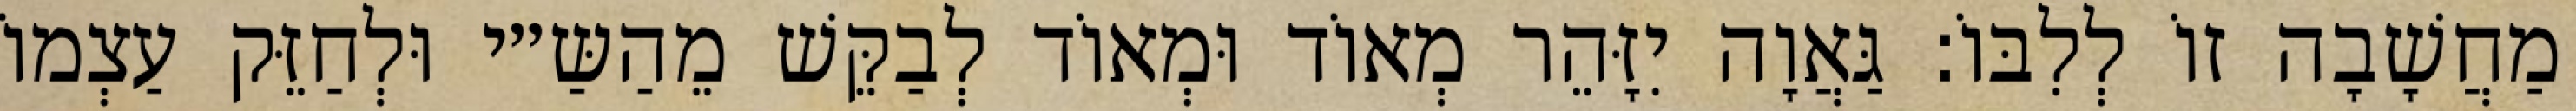
מַחֲשָׁבָה זוֹ לְלִבּוֹ: גַּאֲוָה יִזָּהֵר מְאוֹד וּמְאוֹד לְבַקֵּשׁ מֵהַשַּ״י וּלְחַזֵּק עַצְמוֹ